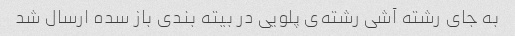
به جای رشته آشی رشته‌ی پلویی در بیته بندی باز سده ارسال شد